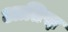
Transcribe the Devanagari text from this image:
आतिस़